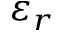
\varepsilon _ { r }